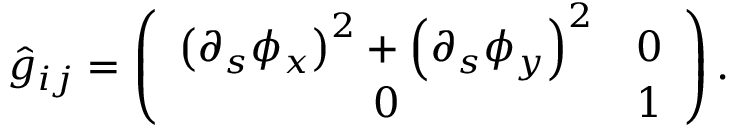
\hat { g } _ { i j } = \left( \begin{array} { c c } { \left( \partial _ { s } \phi _ { x } \right) ^ { 2 } + \left( \partial _ { s } \phi _ { y } \right) ^ { 2 } } & { 0 } \\ { 0 } & { 1 } \end{array} \right) .